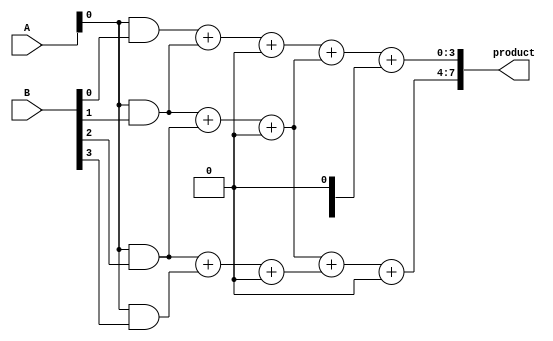
module wallace_tree_multiplier #(parameter n = 4) (
    input  wire [n-1:0] A,    // Multiplicand
    input  wire [n-1:0] B,    // Multiplier
    output wire [2*n-1:0] product // Product result
);

    // Internal wires for partial products
    wire [n-1:0] partial_products [0:n-1];

    // Generate partial products
    generate
        genvar i;
        for (i = 0; i < n; i = i + 1) begin : gen_partial_products
            assign partial_products[i] = A & {n{B[i]}};
        end
    endgenerate

    // Stage 1: Initial reduction
    wire [n-1:0] sum_stage1 [0:n-1];
    wire [n-1:0] carry_stage1 [0:n-1];
    
    generate
        genvar j;
        for (j = 0; j < n; j = j + 1) begin : full_adders_stage1
            if (j < n-1) begin
                // Full Adder for two bits and a carry
                assign {carry_stage1[j+1], sum_stage1[j]} = partial_products[j][0] + partial_products[j+1][0] + (j == 0 ? 1'b0 : carry_stage1[j]);
            end else begin
                // Last bit without carry
                assign sum_stage1[j] = partial_products[j][0];
                assign carry_stage1[j+1] = 1'b0;
            end
        end
    endgenerate

    // Stage 2: Further reduction using Half Adders and Full Adders
    wire [n-1:0] sum_stage2 [0:n-1];
    wire [n-1:0] carry_stage2 [0:n-1];

    generate
        genvar k;
        for (k = 0; k < n; k = k + 1) begin : full_adders_stage2
            if (k < n-1) begin
                assign {carry_stage2[k+1], sum_stage2[k]} = sum_stage1[k] + sum_stage1[k+1] + carry_stage1[k];
            end else begin
                assign sum_stage2[k] = sum_stage1[k];
                assign carry_stage2[k+1] = 1'b0;
            end
        end
    endgenerate

    // Final addition of the last stage to obtain the final product
    wire [2*n-1:0] final_sum;
  
    // Use a simple adder to combine the sums and carries from the last stage
    assign product = {carry_stage2[n], sum_stage2[n-1], sum_stage2[n-2], sum_stage2[n-3], sum_stage2[n-4]}; // Adjusting to create final product

endmodule